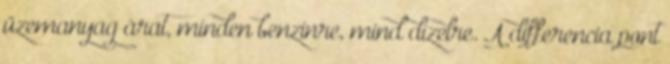
üzemanyag árat, minden benzinre, mind dízelre. A differencia pont